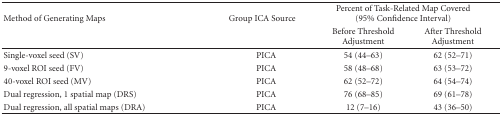
| <ROWSPAN=2> Method of Generating Maps | <ROWSPAN=2> Group ICA Source | <COLSPAN=2> Percent of Task-Related Map Covered (95% Confidence Interval) |
 | Before Threshold Adjustment | After Threshold Adjustment |
 | --- | --- | --- | --- |
 | Single-voxel seed (SV) | PICA | 54 (44–63) | 62 (52–71) |
 | 9-voxel ROI seed (FV) | PICA | 58 (48–68) | 63 (53–72) |
 | 40-voxel ROI seed (MV) | PICA | 62 (52–72) | 64 (54–74) |
 | Dual regression, 1 spatial map (DRS) | PICA | 76 (68–85) | 69 (61–78) |
 | Dual regression, all spatial maps (DRA) | PICA | 12 (7–16) | 43 (36–50) |